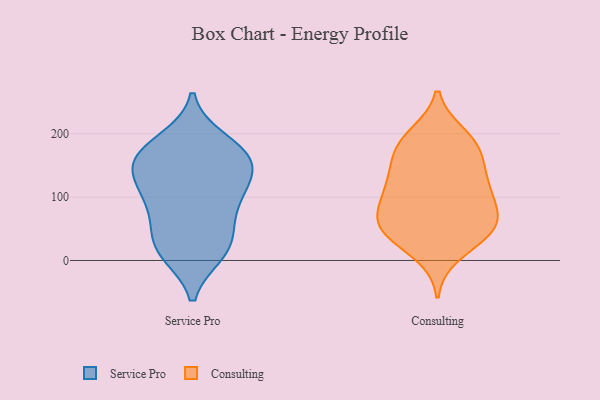
{"axis": {"x": "Tickets Resolved", "y": "Value"}, "legend": ["Consulting", "Service Pro"], "data": [{"x": "", "y": 160, "type": "Service Pro"}, {"x": "", "y": 126, "type": "Service Pro"}, {"x": "", "y": 12, "type": "Service Pro"}, {"x": "", "y": 38, "type": "Service Pro"}, {"x": "", "y": 55, "type": "Service Pro"}, {"x": "", "y": 91, "type": "Service Pro"}, {"x": "", "y": 101, "type": "Service Pro"}, {"x": "", "y": 172, "type": "Service Pro"}, {"x": "", "y": 158, "type": "Service Pro"}, {"x": "", "y": 18, "type": "Service Pro"}, {"x": "", "y": 148, "type": "Service Pro"}, {"x": "", "y": 134, "type": "Service Pro"}, {"x": "", "y": 189, "type": "Service Pro"}, {"x": "", "y": 174, "type": "Service Pro"}, {"x": "", "y": 95, "type": "Service Pro"}, {"x": "", "y": 14, "type": "Service Pro"}, {"x": "", "y": 198, "type": "Consulting"}, {"x": "", "y": 177, "type": "Consulting"}, {"x": "", "y": 62, "type": "Consulting"}, {"x": "", "y": 155, "type": "Consulting"}, {"x": "", "y": 44, "type": "Consulting"}, {"x": "", "y": 103, "type": "Consulting"}, {"x": "", "y": 95, "type": "Consulting"}, {"x": "", "y": 52, "type": "Consulting"}, {"x": "", "y": 38, "type": "Consulting"}, {"x": "", "y": 10, "type": "Consulting"}, {"x": "", "y": 46, "type": "Consulting"}, {"x": "", "y": 151, "type": "Consulting"}, {"x": "", "y": 65, "type": "Consulting"}, {"x": "", "y": 112, "type": "Consulting"}, {"x": "", "y": 181, "type": "Consulting"}, {"x": "", "y": 113, "type": "Consulting"}, {"x": "", "y": 67, "type": "Consulting"}, {"x": "", "y": 194, "type": "Consulting"}, {"x": "", "y": 128, "type": "Consulting"}]}